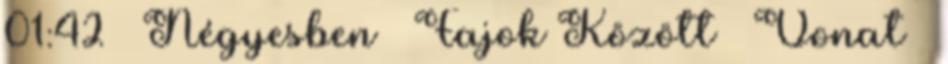
01:42 ▪ Négyesben ▪ Fajok Között ▪ Vonat ▪